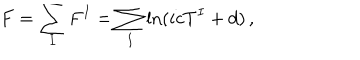
F = \sum _ { I } F ^ { I } = \sum _ { I } \ln ( i c T ^ { I } + d ) \, ,